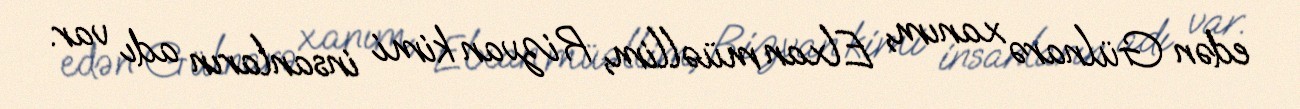
edən Gülnarə xanım, Elxan müəllim, Rizvan kimi insanların adı var.